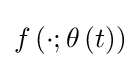
f\left(\cdot ;\theta \left(t\right)\right)